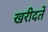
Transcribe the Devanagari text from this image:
खरीदतें